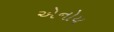
એનોય